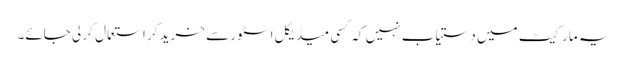
یہ مارکیٹ میں دستیاب نہیں کہ کسی میڈیکل اسٹور سے خرید کر استعمال کر لی جائے۔